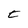
Character: t